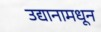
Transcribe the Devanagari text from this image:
उद्यानामधून